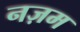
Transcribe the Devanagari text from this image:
नज़म